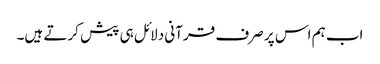
اب ہم اس پر صرف قرآنی دلائل ہی پیش کرتے ہیں۔